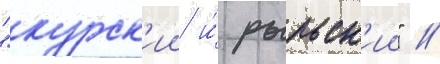
"курск'ии и́ рыльск'ии" //